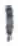
אות: י